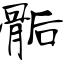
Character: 骺